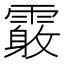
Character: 𩅓